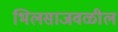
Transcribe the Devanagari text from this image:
भिलसाजवळील